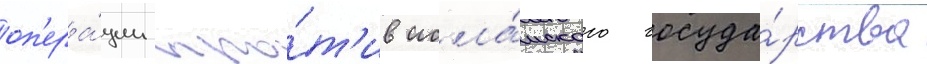
оп'ера́ции про́т'ив исла́мского госуда́рства